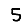
Digit: 5